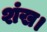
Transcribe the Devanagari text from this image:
शंख।